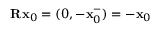
\mathbf { R } \mathbf { x } _ { 0 } = ( 0 , - \mathbf { x } _ { 0 } ^ { - } ) = - \mathbf { x } _ { 0 }